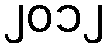
၂၀၁၂